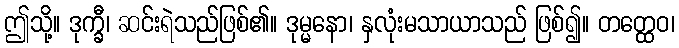
ဤသို့။ ဒုက္ခီ၊ ဆင်းရဲသည်ဖြစ်၏။ ဒုမ္မနော၊ နှလုံးမသာယာသည် ဖြစ်၍။ တတ္ထေဝ၊